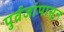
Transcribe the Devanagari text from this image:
पुर्वजांपासून